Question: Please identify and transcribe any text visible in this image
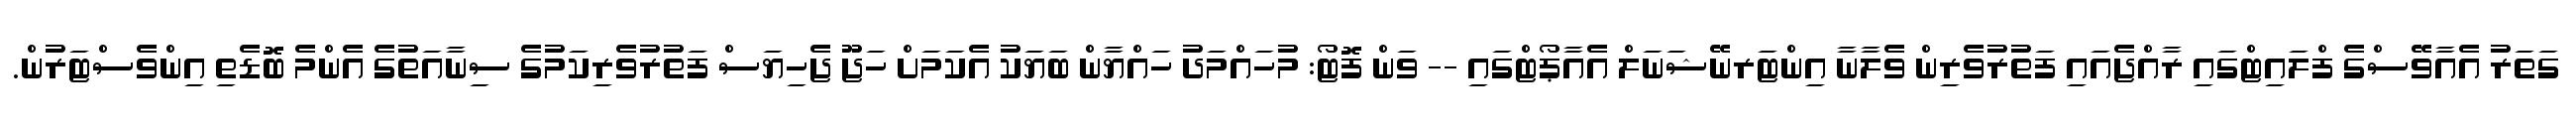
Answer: ގަތަރު އެއާވޭސްގެ ފްލައިޓްގައި ރާއްޖެއައި ފަތުރުވެރިން ވެލާނާ އިންޓަރނޭޝަނަލް އެއާޕޯޓްގައި -- ވަން ފޮޓޯ: މުހައްމަދު ހައްޔާން ބަޔަކު އެކަމަށް ހަޖޫ ޖެހިޔަސް ފަތުރުވެރިކަމުގެ ސިނާއަތުގެ އެންމެ ބޮޑެތި އިންވެސްޓަރުން.